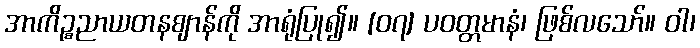
အာကိဉ္စညာယတနဈာန်ကို အာရုံပြု၍။ [၀၇] ပဝတ္တမာနံ၊ ဖြစ်လသော်။ ဝါ၊